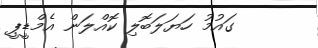
ގައުމު ހަޔަލަބޮލި ކޮއްލަން އެމްޑީޕީ